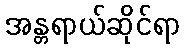
အန္တရာယ်ဆိုင်ရာ